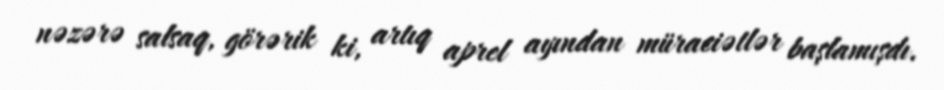
nəzərə salsaq, görərik ki, artıq aprel ayından müraciətlər başlamışdı.